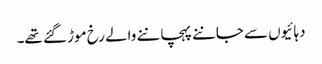
دہائیوں سے جاننے پہچاننے والے رخ موڑ گئے تھے۔